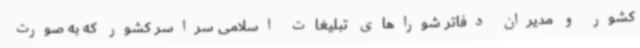
کشور و مدیران دفاتر شوراهای تبلیغات اسلامی سراسر کشور که به صورت